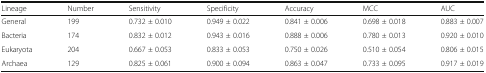
| Lineage | Number | Sensitivity | Specificity | Accuracy | MCC | AUC |
 | --- | --- | --- | --- | --- | --- | --- |
 | General | 199 | 0.732 ± 0.010 | 0.949 ± 0.022 | 0.841 ± 0.006 | 0.698 ± 0.018 | 0.883 ± 0.007 |
 | Bacteria | 174 | 0.832 ± 0.012 | 0.943 ± 0.016 | 0.888 ± 0.006 | 0.780 ± 0.013 | 0.920 ± 0.010 |
 | Eukaryota | 204 | 0.667 ± 0.053 | 0.833 ± 0.053 | 0.750 ± 0.026 | 0.510 ± 0.054 | 0.806 ± 0.015 |
 | Archaea | 129 | 0.825 ± 0.061 | 0.900 ± 0.094 | 0.863 ± 0.047 | 0.733 ± 0.095 | 0.917 ± 0.019 |